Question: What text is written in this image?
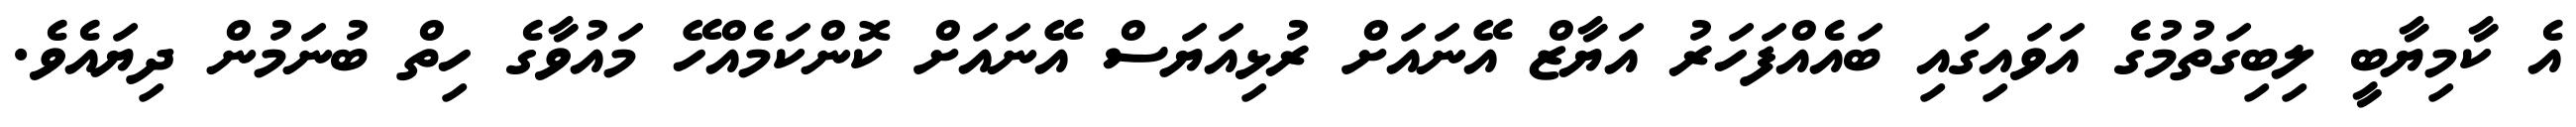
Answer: އެ ކާމިޔާބީ ލިބިގަތުމުގެ އަވައިގައި ބައެއްފަހަރު އަޔާޒް އޭނައަށް ރުޅިއަޔަސް އޭނައަށް ކޮންކަމެއްހޭ މައުވާގެ ހިތް ބުނަމުން ދިޔައެވެ.